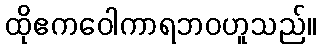
ထိုဧကဝေါကာရဘဝဟူသည်။